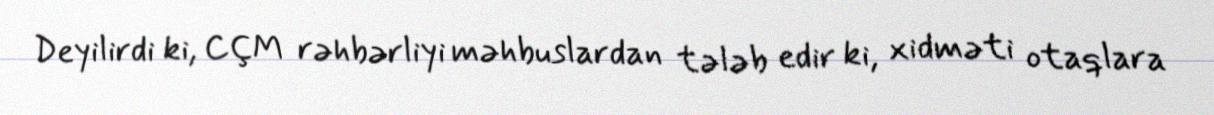
Deyilirdi ki, CÇM rəhbərliyi məhbuslardan tələb edir ki, xidməti otaqlara